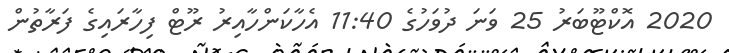
2020 އޮކްޓޫބަރު 25 ވަނަ ދުވަހުގެ 11:40 އެހާކަންހާއިރު ރޫޓް ފިހާރައިގެ ފަރާތުން